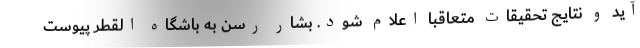
آید و نتایج تحقیقات متعاقبا اعلام شود. بشار رسن به باشگاه القطر پیوست